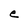
Character: e